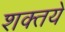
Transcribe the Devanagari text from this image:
शक्तये